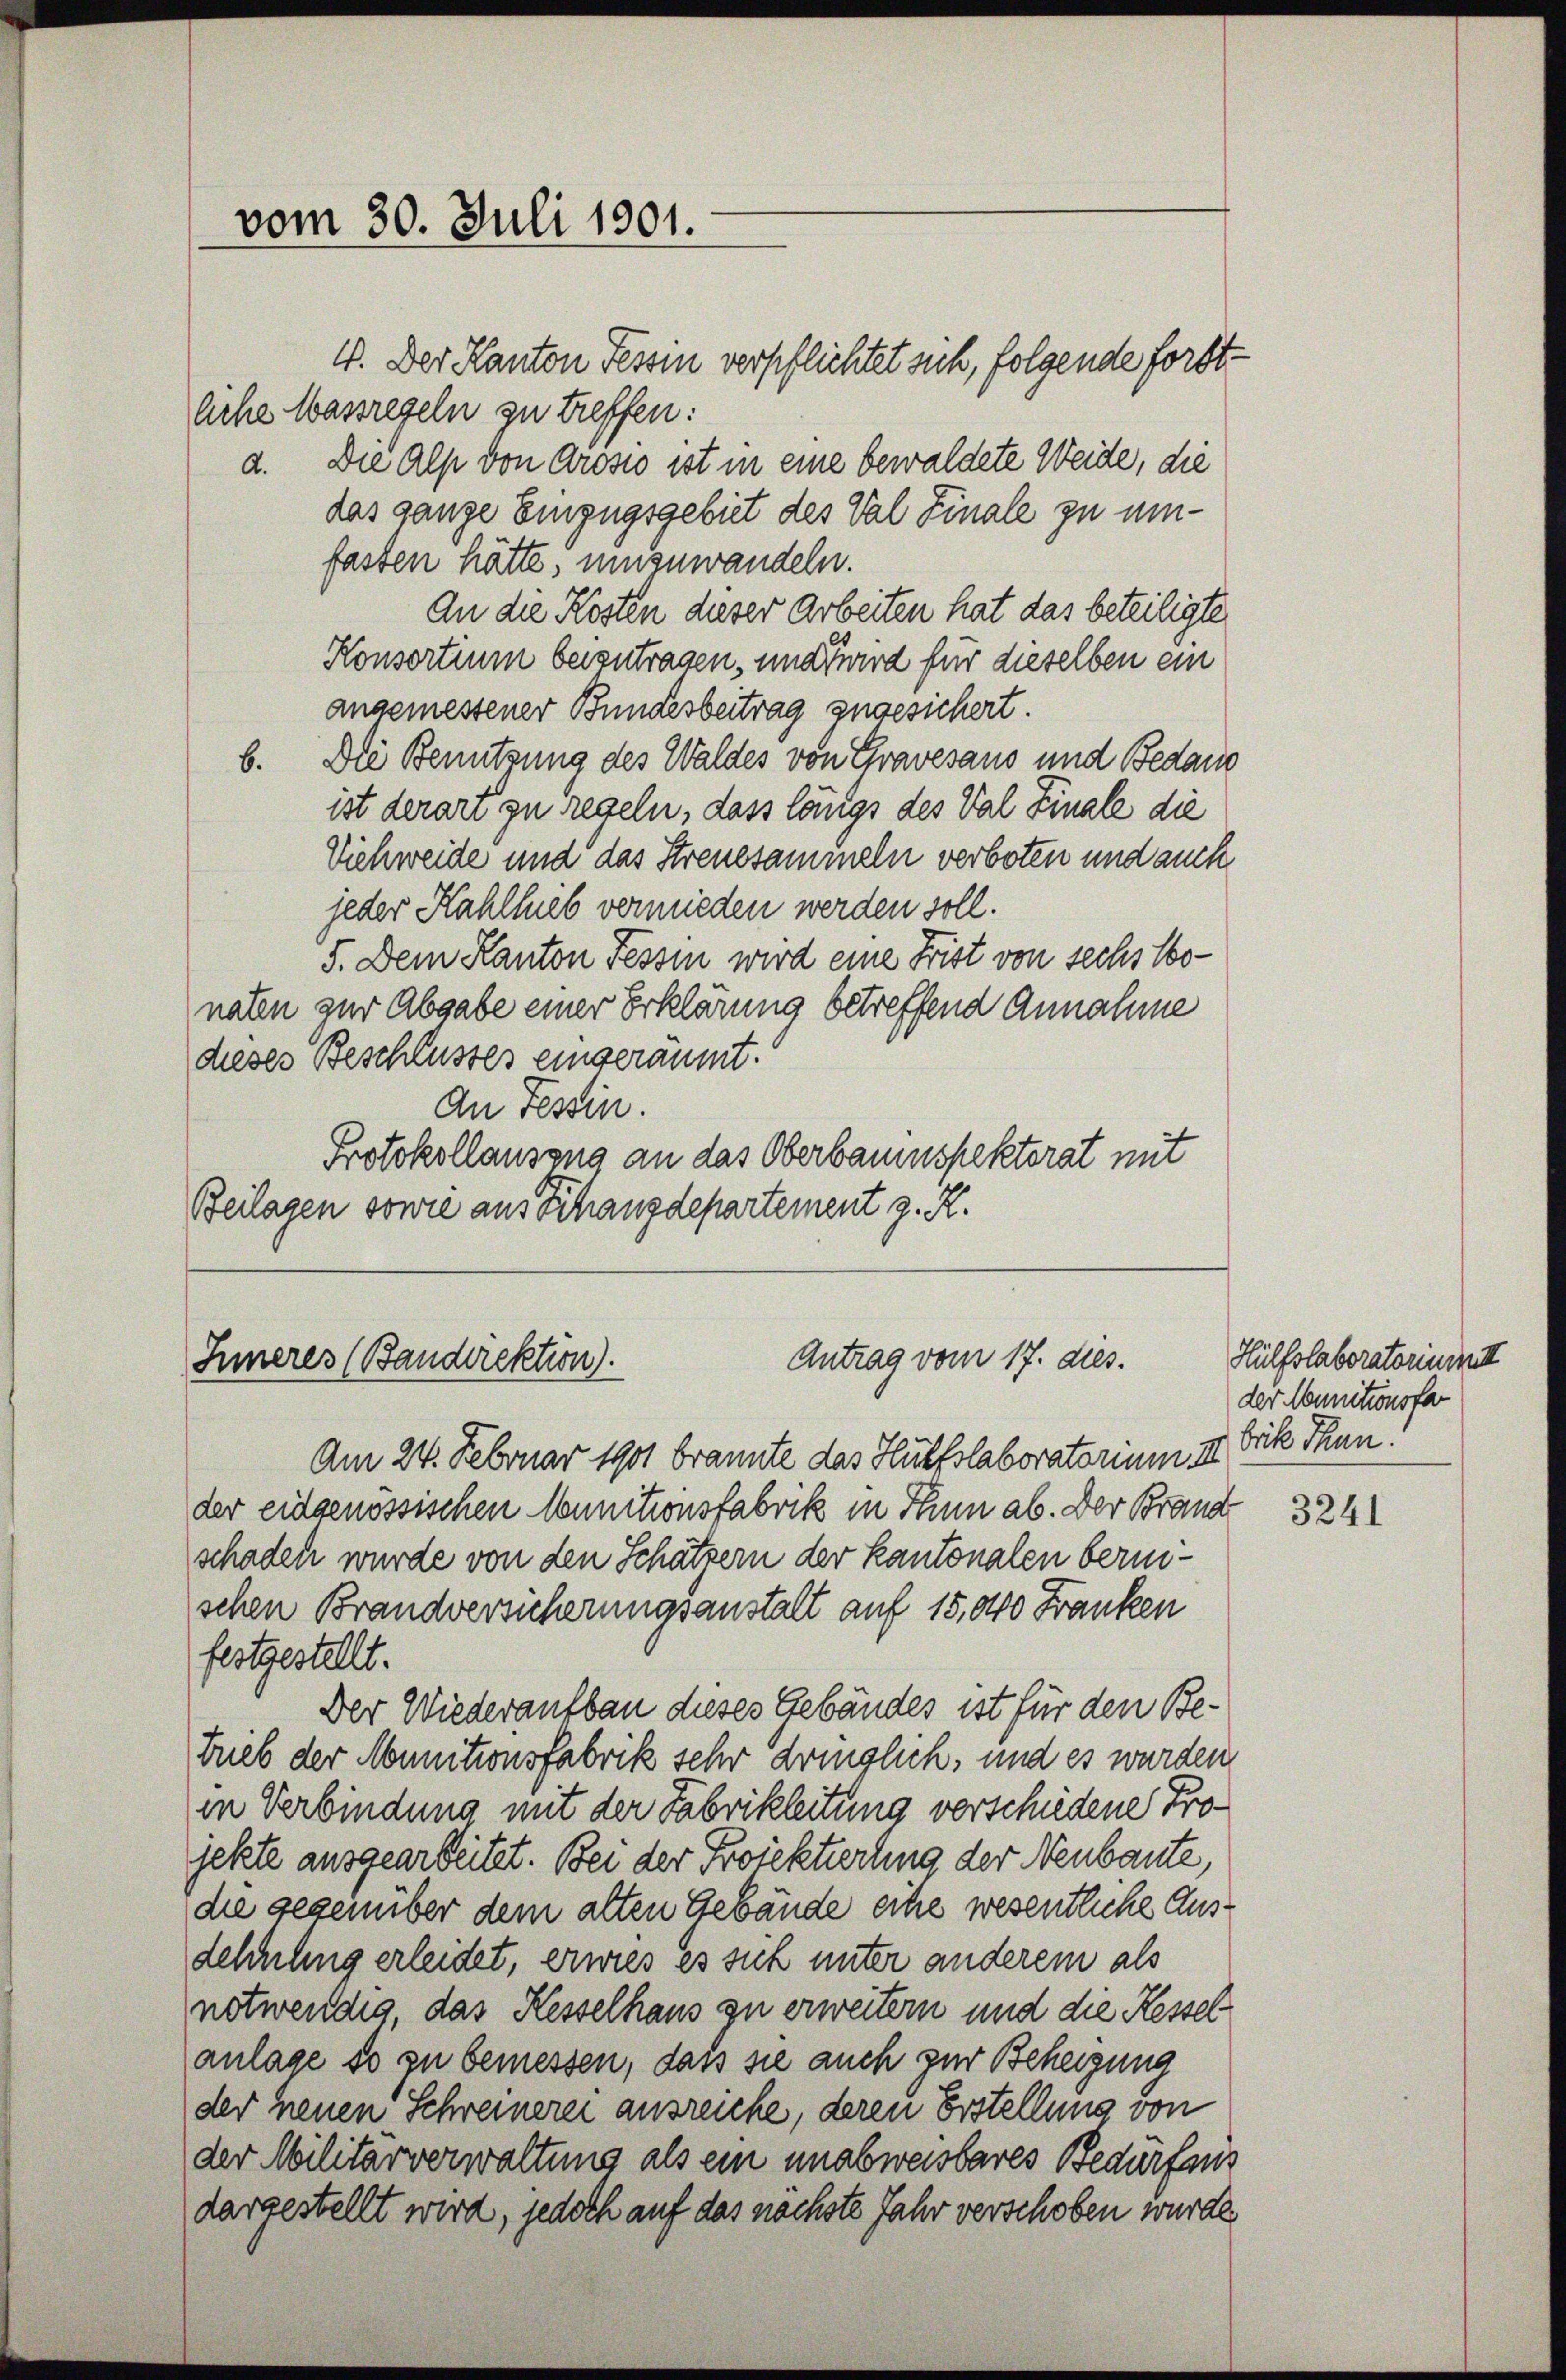
vom 30. Juli 1901.

4. Der Kanton Tessin verpflichtet sich, folgende forstlche Wassregeln zu treffen:
a. Die Alp von Grosso ist in eine bewaldete Weide, die
das ganze Einzugsgebiet des Val Finale zu emfassen hätte, umzuwandeln.
An die Kosten dieser Arbeiten hat das beteiligte
Konsortium beizutragen, und wird für dieselben ein
angemessener Bundesbeitrag zugesichert.
b. Die Benutzung des Waldes von Gravesaus und Bedaue
ist derart zu regeln, dass längs des Val Finale die
Vichweide und das Streuesammeln verboten und auch
jeder Kahllieb vermieden werden soll.
5. Dem Kanton Tessin wird eine Frist von sechs lbonaten zur Abgabe einer Erklärung betreffend Annahme
dieses Beschlusses eingeräumt.
An Tessin.
Protokollausens an das Oberbauinspektorat mit
Beilagen sowie aus Schangdepartement z. R.

Antrag vom 17. des.
Inneres (Bandirektion).

Am 24. Februar 1901 brannte das Hülfslaboratorium II. Frik Thun!
der eidgenössischen Munitionsfabrik in Thun ab. Der Brand
schaden wurde von den Schätzern der Kantonalen berischen Brandversicherungsanstalt auf 15,000 Franken
festgestellt.
Der Wiederaufbau dieses Gebäudes ist für den Betrieb der Munitionsfabrik sehr dringlich, und es wurden
in Verbindung mit der Fabrikleitung verschiedene Projekte ausgearbeitet. Bei der Projektierung der Neubaute,
die gegenüber dem alten Gebäude eine wesentliche Ausdehnung erleidet, erwies es sich unter anderem als
notwendig, das Kesselhaus zu erweitern und die Kessel
anlage so zu bemessen, daß sie auch zur Beheizung
der neuen Schreinerei ausreiche, deren Erstellung von
der Militärverwaltung als ein unabweisbares Bedürfens
dargestellt wird, jedoch auf das nächste Jahr verschoben wurde.

Hülfslaboratorium
der Munitionsfar

3241